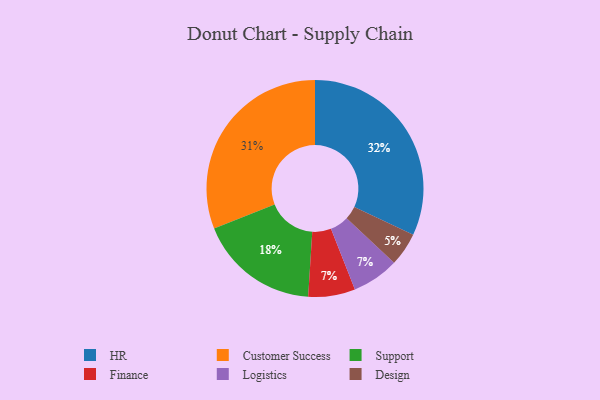
{"axis": {"x": "Category", "y": "Percentage"}, "legend": ["Customer Success", "Design", "Finance", "HR", "Logistics", "Support"], "data": [{"x": "Finance", "y": 7, "type": "Finance"}, {"x": "Support", "y": 18, "type": "Support"}, {"x": "Design", "y": 5, "type": "Design"}, {"x": "Logistics", "y": 7, "type": "Logistics"}, {"x": "Customer Success", "y": 31, "type": "Customer Success"}, {"x": "HR", "y": 32, "type": "HR"}]}